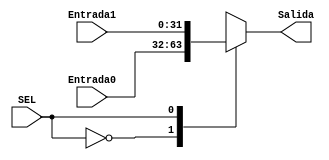
module mux2a1_32bits #(parameter ANCHO=32)(
input [ANCHO-1:0] Entrada0, Entrada1,
input SEL,
output reg [ANCHO-1:0] Salida 
);

always @(*) begin
case (SEL)
    0: Salida=Entrada0;
    1: Salida=Entrada1;
    default: Salida=Entrada0;
endcase
end

endmodule